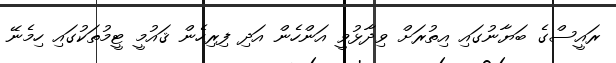
ރައީސްގެ ބަޔާނުގައި އިތުރަށް ވިދާޅުވީ އަންހެން އަދި ފިރިހެން ޤައުމީ ޓީމުތަކުގައި ހިމެނޭ